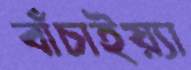
বাঁচাইয়্যা